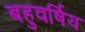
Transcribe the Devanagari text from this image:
बहुवर्षिय